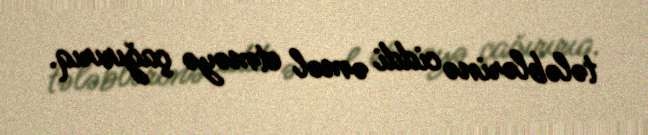
tələblərinə ciddi əməl etməyə çağırırıq.